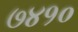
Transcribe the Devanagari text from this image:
७४१०